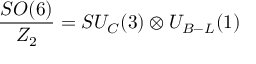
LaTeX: \frac { S O ( 6 ) } { Z _ { 2 } } = S U _ { C } ( 3 ) \otimes U _ { B - L } ( 1 )